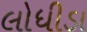
લોધીડા